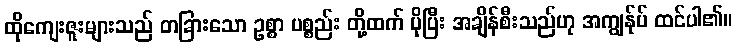
ထိုကျေးဇူးများသည် တခြားသော ဥစ္စာ ပစ္စည်း တို့ထက် ပိုပြီး အချိန်စီးသည်ဟု အကျွန်ုပ် ထင်ပါ၏။